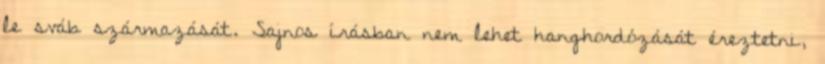
le sváb származását. Sajnos írásban nem lehet hanghordózását éreztetni,